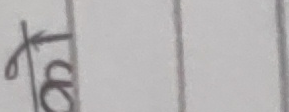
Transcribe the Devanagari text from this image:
१८